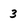
Character: 3